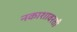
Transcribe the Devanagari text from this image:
नकाशावरती